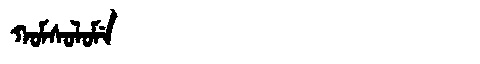
Manchu: ᡴᠣᠮᠰᠣᠯᠣᠮᡝ
Romanization: KOMSOLOME